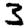
Digit: 3